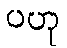
ပဟု